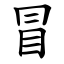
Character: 冒